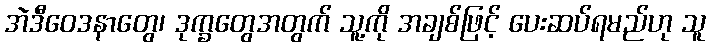
အဲဒီဝေဒနာတွေ၊ ဒုက္ခတွေအတွက် သူ့ကို အချစ်ဖြင့် ပေးဆပ်ရမည်ဟု သူ